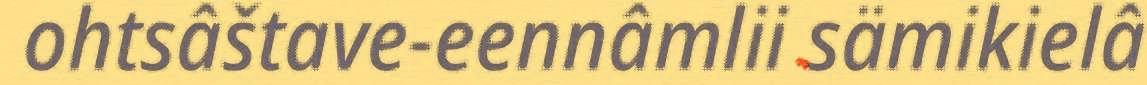
ohtsâštave-eennâmlii sämikielâ